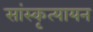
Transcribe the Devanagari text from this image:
सांस्कृत्यायन